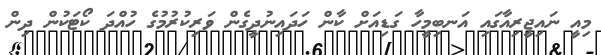
މިއީ ނައިޖީރިއާގައި އަނބިމީހާ ގަޑިއަށް ކާން ހަދައިނުދީގެން ވަރިކުރުމުގެ ހުއްދަ ކޯޓަކުން ދިން